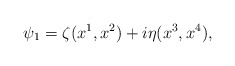
\begin{align*}\psi_{1}=\zeta (x^{1}, x^{2})+i \eta (x^{3}, x^{4}),\end{align*}